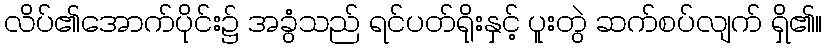
လိပ်၏အောက်ပိုင်း၌ အခွံသည် ရင်ပတ်ရိုးနှင့် ပူးတွဲ ဆက်စပ်လျက် ရှိ၏။